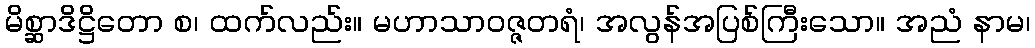
မိစ္ဆာဒိဋ္ဌိတော စ၊ ထက်လည်း။ မဟာသာဝဇ္ဇတရံ၊ အလွန်အပြစ်ကြီးသော။ အညံ နာမ၊